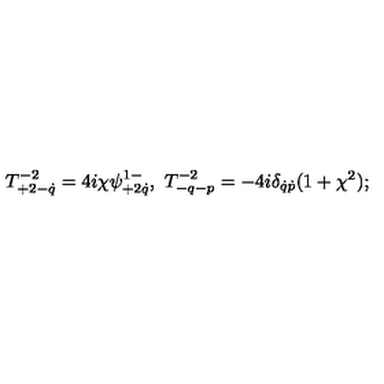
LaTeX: T _ { + 2 - \dot { q } } ^ { - 2 } = 4 i \chi \psi _ { + 2 \dot { q } } ^ { 1 - } , \ T _ { - q - p } ^ { - 2 } = - 4 i \delta _ { \dot { q } \dot { p } } ( 1 + \chi ^ { 2 } ) ;